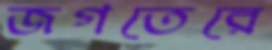
জগতেরে